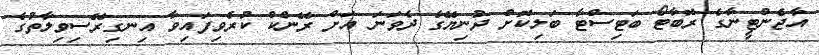
އާޖެންޓީނާގެ ރޮބާޓޯ ބަޓިސްޓާ ބަލިކޮށް ދުނިޔޭގެ ދެވަނަ އަށް ރޭންކް ކުރެވިފައިވާ އިނގިރޭސިވިލާތުގެ